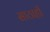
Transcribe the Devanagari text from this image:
साठाही